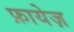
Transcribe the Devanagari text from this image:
फ़ायेज़